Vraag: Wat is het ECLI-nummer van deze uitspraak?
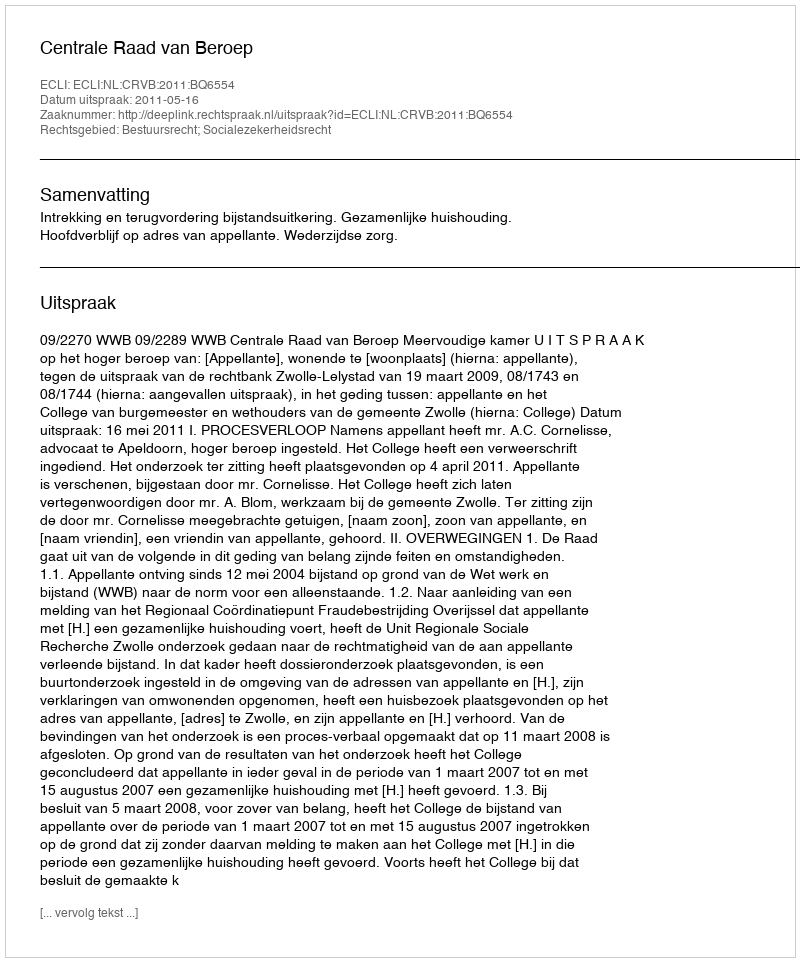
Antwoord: ECLI:NL:CRVB:2011:BQ6554